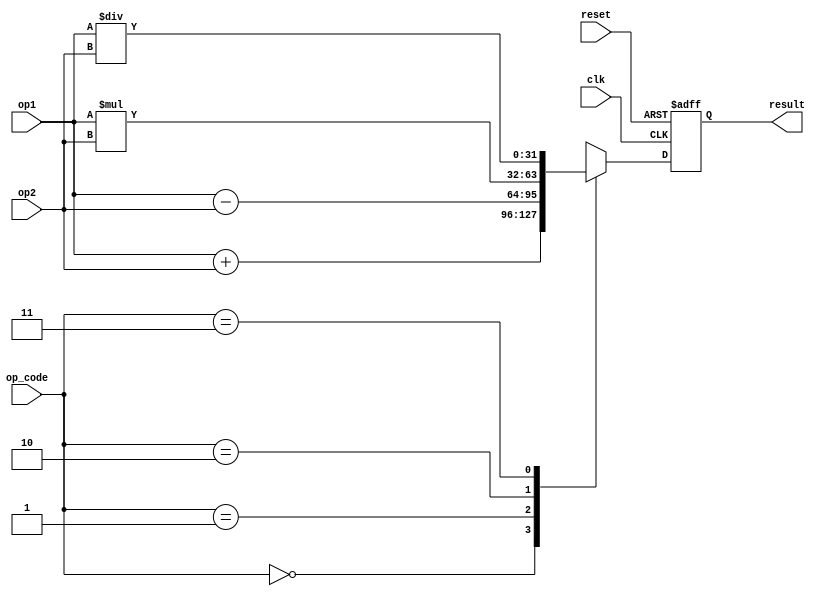
module floating_point_ALU (
    input wire clk,
    input wire reset,
    input wire [31:0] op1, // operand 1
    input wire [31:0] op2, // operand 2
    input wire [1:0] op_code, // operation code (00: addition, 01: subtraction, 10: multiplication, 11: division)
    output reg [31:0] result
);

always @(posedge clk or posedge reset) begin
    if(reset) begin
        result <= 32'd0;
    end else begin
        case(op_code)
            2'b00: result <= op1 + op2; // addition
            2'b01: result <= op1 - op2; // subtraction
            2'b10: result <= op1 * op2; // multiplication
            2'b11: result <= op1 / op2; // division
            default: result <= 32'd0;
        endcase
    end
end

endmodule